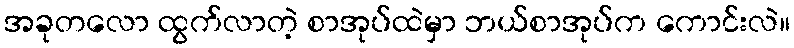
အခုတလော ထွက်လာတဲ့ စာအုပ်ထဲမှာ ဘယ်စာအုပ်က ကောင်းလဲ။